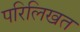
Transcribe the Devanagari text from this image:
परिलिखत